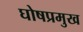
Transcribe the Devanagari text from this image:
घोषप्रमुख